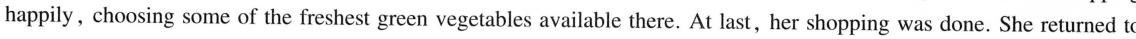
happily, choosing some of the freshest green vegetables available there. At last, her shopping was done. She returned to